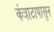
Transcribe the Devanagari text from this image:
कंत्राटापासून